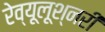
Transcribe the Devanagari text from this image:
रेव्यूलूश्नरी